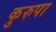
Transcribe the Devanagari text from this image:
कुरुपा